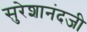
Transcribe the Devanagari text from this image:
सुरेशानंदजी